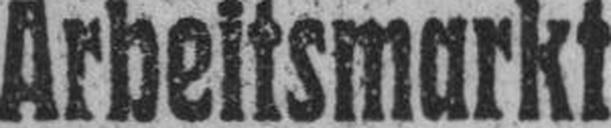
Arbeitsmarkt